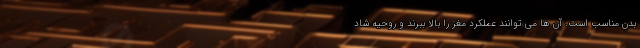
بدن مناسب است. آن ها می توانند عملکرد مغز را بالا ببرند و روحیه شاد